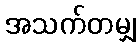
အသက်တမျှ